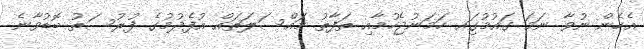
އެހެން ނުވާ ނަމަ ގައުމުގަިއ ހަމަނުޖެހުމާއި ތަފާތު މައްސަލަތައް އުފެދުމުގެ ފުރުސަތު ބޮޑުވާނެ